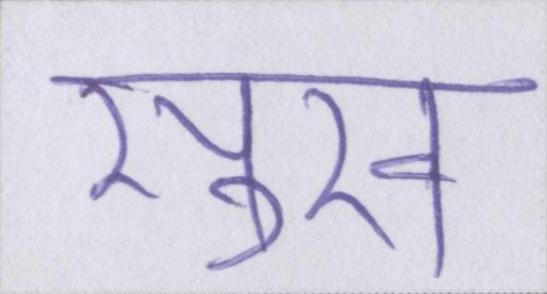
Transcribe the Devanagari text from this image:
सुख